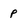
Character: p